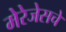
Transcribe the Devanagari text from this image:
मेरेजेसचे